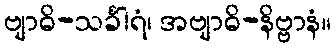
ဗျာဓိ-သင်္ခါရံ၊ အဗျာဓိ-နိဗ္ဗာနံ။